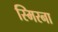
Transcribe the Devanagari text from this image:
स्मिरना